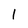
Character: l